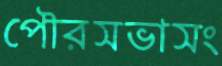
পৌরসভাসং